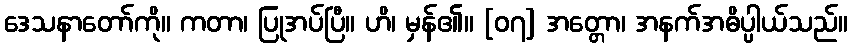
ဒေသနာတော်ကို။ ကတာ၊ ပြုအပ်ပြီ။ ဟိ၊ မှန်၏။ [၀၇] အတ္တော၊ အနက်အဓိပ္ပါယ်သည်။